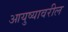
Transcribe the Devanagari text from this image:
आयुष्यावरील